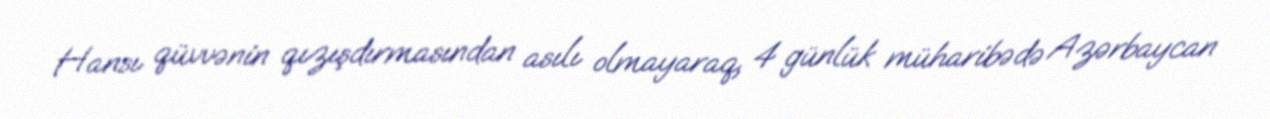
Hansı qüvvənin qızışdırmasından asılı olmayaraq, 4 günlük müharibədə Azərbaycan